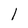
Character: l